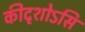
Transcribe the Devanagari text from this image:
कीदृशोऽसि